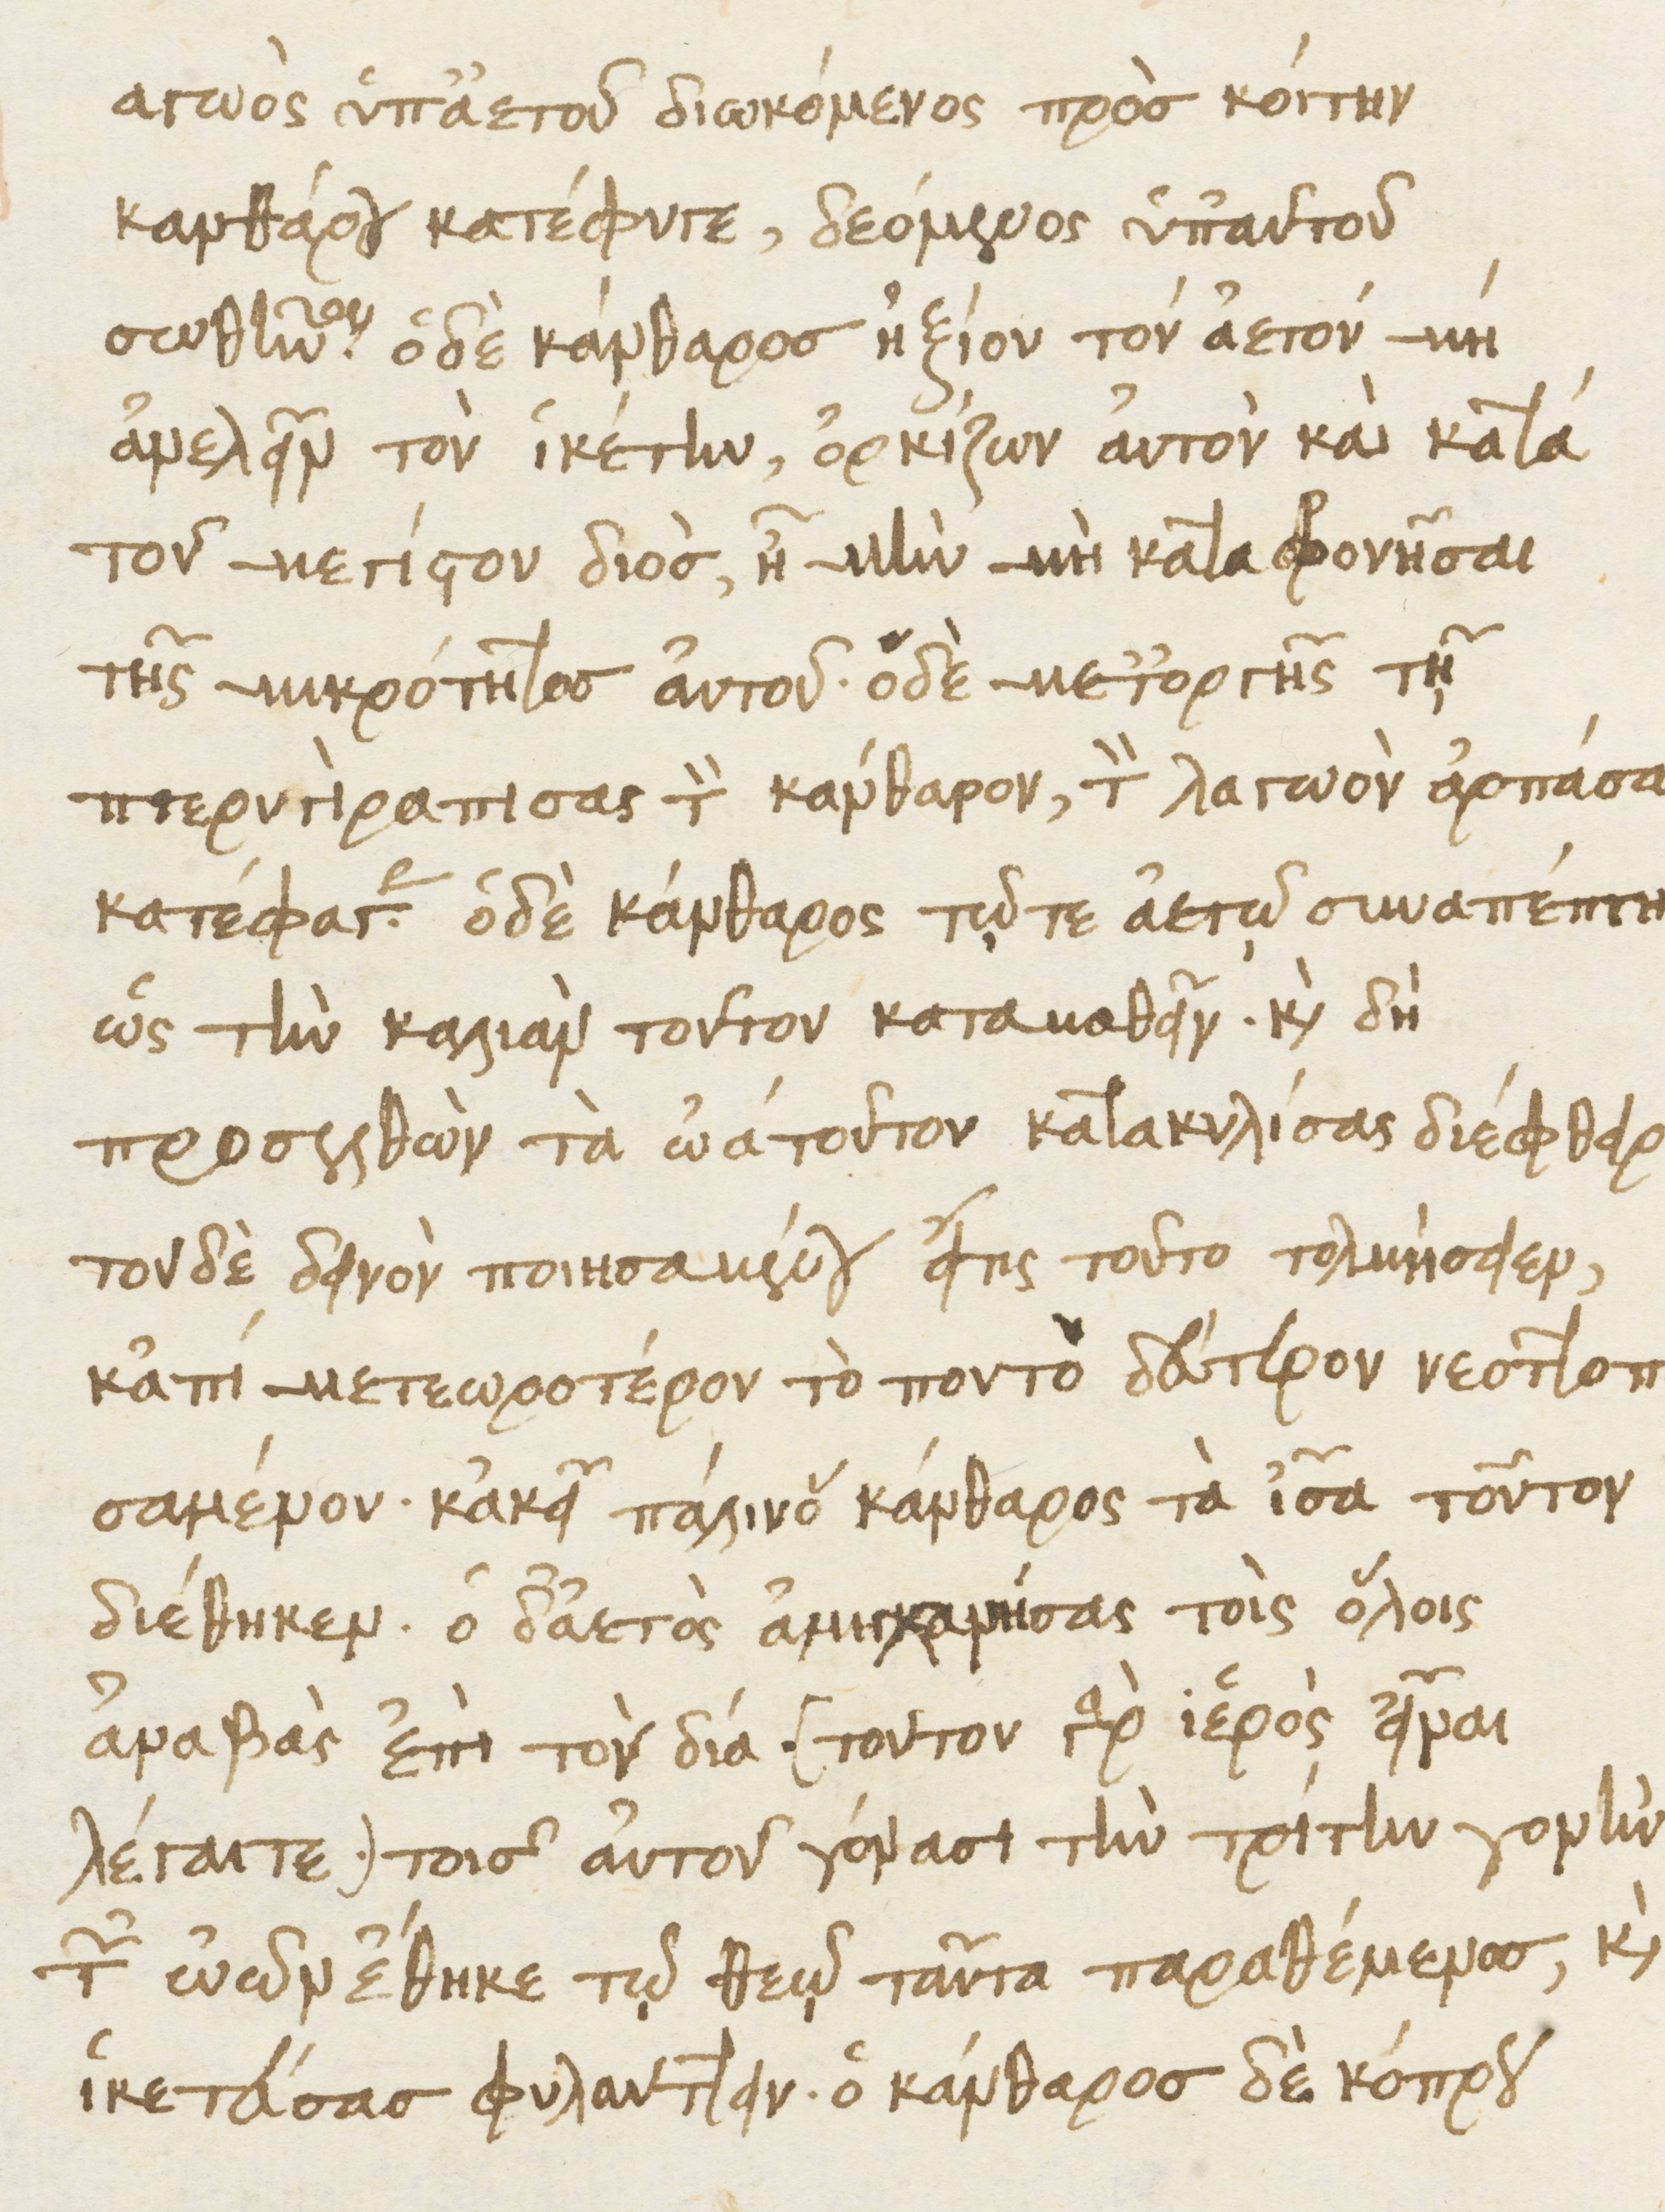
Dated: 1476–1506